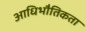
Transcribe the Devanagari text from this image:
आधिभौतिकता